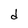
Character: d